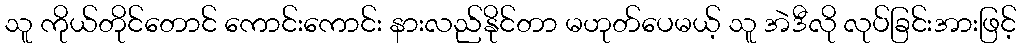
သူ ကိုယ်တိုင်တောင် ကောင်းကောင်း နားလည်နိုင်တာ မဟုတ်ပေမယ့် သူ အဲဒီလို လုပ်ခြင်းအားဖြင့်